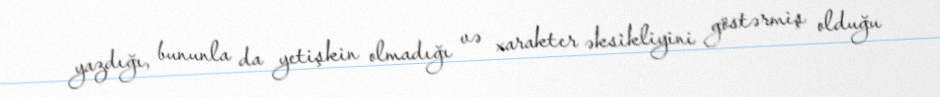
yazdığı, bununla da yetişkin olmadığı və xarakter əksikliyini göstərmiş olduğu